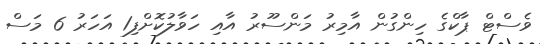
ވެސްޓް ޕާކްގެ ހިންގުން އާމިރު މަންސޫރު އާއި ހަވާލުކޮށްފި1 އަހަރު 6 މަސް